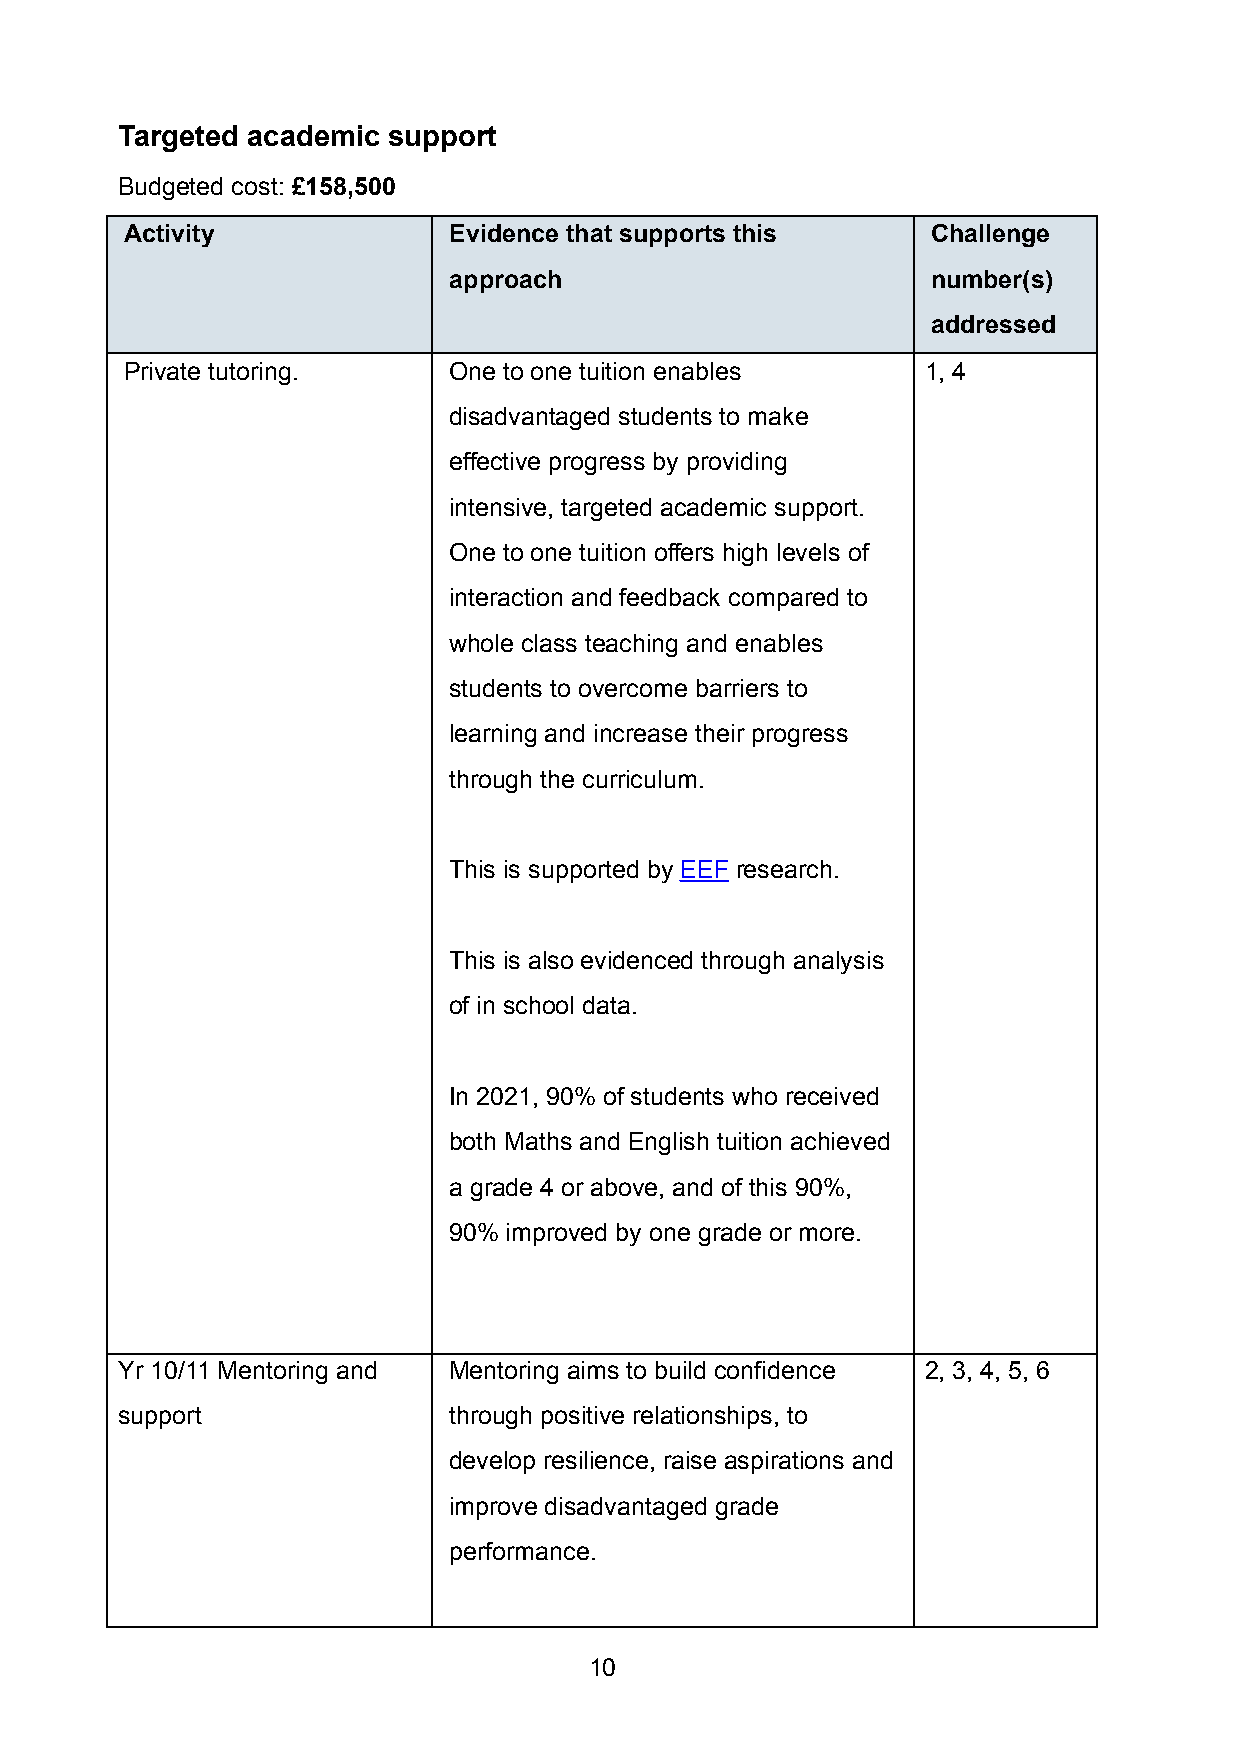
Targeted academic support
 Budgeted cost: £158,500
 Activity              Evidence that supports this     Challenge
 approach                        number(s)
 addressed
 Private tutoring.     One to one tuition enables     1, 4
 disadvantaged students to make
 effective progress by providing
 intensive, targeted academic support.
 One to one tuition offers high levels of
 interaction and feedback compared to
 whole class teaching and enables
 students to overcome barriers to
 learning and increase their progress
 through the curriculum.
 This is supported by EEF research.
 This is also evidenced through analysis
 of in school data.
 In 2021, 90% of students who received
 both Maths and English tuition achieved
 a grade 4 or above, and of this 90%,
 90% improved by one grade or more.
 Yr 10/11 Mentoring and Mentoring aims to build confidence 2, 3, 4, 5, 6
 support               through positive relationships, to
 develop resilience, raise aspirations and
 improve disadvantaged grade
 performance.
 10